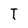
Character: T